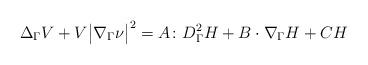
LaTeX: \begin{align*}&\Delta_\Gamma V + V \big| \nabla_\Gamma \nu \big|^2 = A \colon D_\Gamma^2 H + B \cdot \nabla_\Gamma H + CH\end{align*}